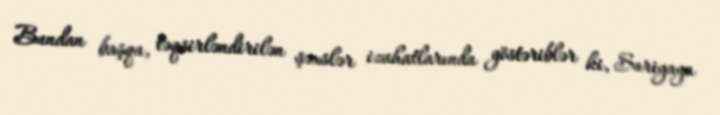
Bundan başqa, təqsirləndirilən şəxslər izahatlarında göstəriblər ki, Suriyaya